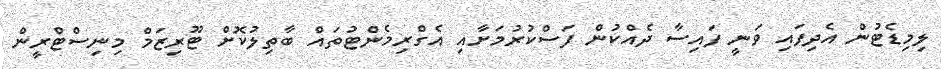
ލިމިޑެޓުން އެދިފައި ވަނީ ފައިސާ ދެއްކުން ފަސްކުރުމަށާއި އެގްރިމެންޓުތައް ބާތިލުކޮށް ޓޫރިޒަމް މިނިސްޓްރީން